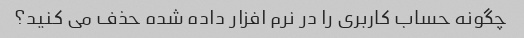
چگونه حساب کاربری را در نرم افزار داده شده حذف می کنید؟